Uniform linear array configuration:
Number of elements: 12
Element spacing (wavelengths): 1
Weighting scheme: binomial
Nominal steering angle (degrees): -30
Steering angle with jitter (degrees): -31.846
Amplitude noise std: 0.05
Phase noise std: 0.05

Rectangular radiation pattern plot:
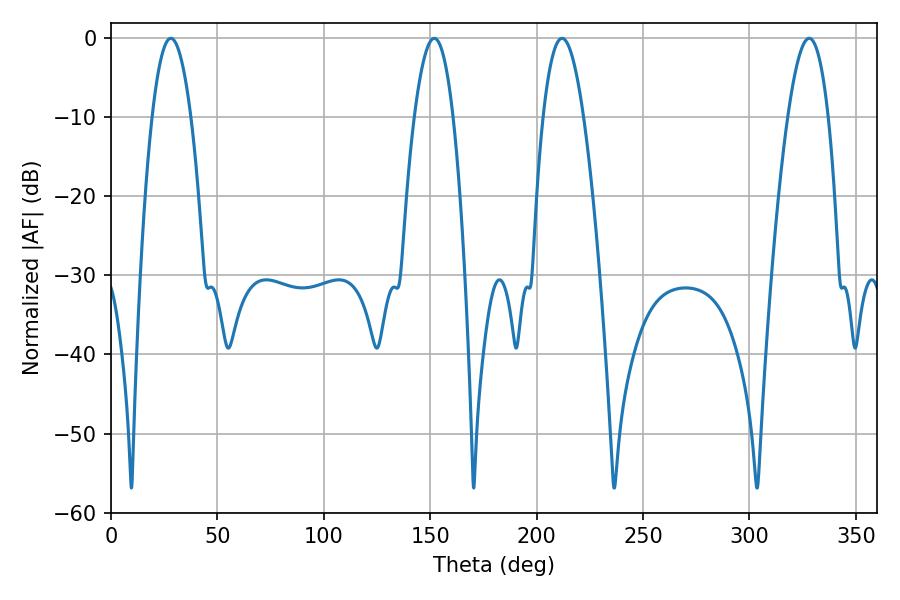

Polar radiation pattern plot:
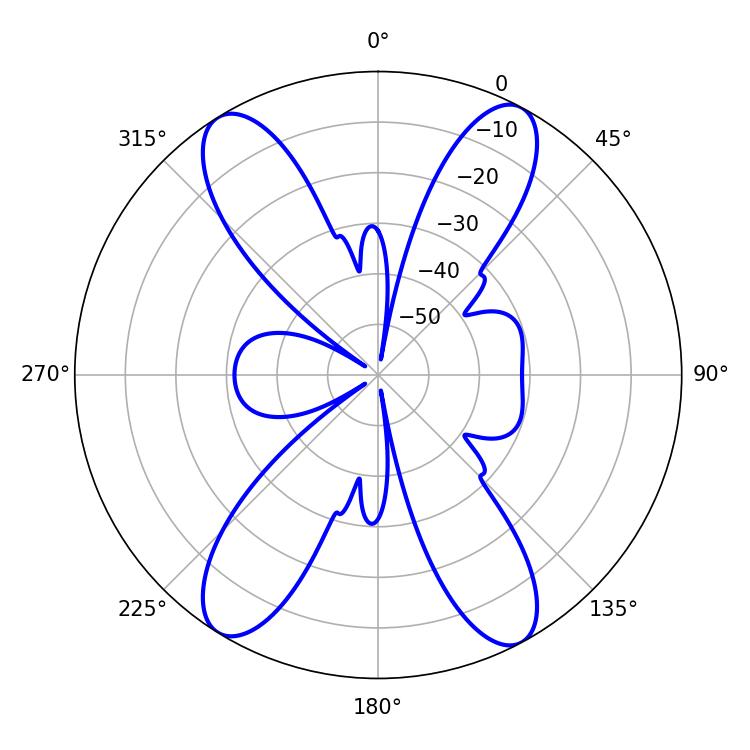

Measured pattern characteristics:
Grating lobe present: TRUE
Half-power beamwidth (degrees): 9.9
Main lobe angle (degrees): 28.08